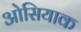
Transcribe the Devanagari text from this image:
ओसियाक